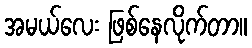
အမယ်လေး ဖြစ်နေလိုက်တာ။